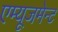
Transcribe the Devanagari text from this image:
एम्‍यूजमेन्‍ट